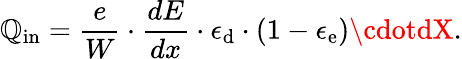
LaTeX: \mathbb{Q}_{\mathrm{{in}}}=\frac{{e}}{{W}}\cdot\frac{{dE}}{{dx}}\cdot\epsilon_{\mathrm{{d}}}\cdot(1-\epsilon_{\mathrm{{e}}})\cdotdX.